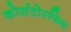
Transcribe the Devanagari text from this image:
कोर्सटोरफिन